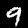
Digit: 9